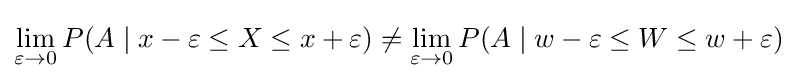
\lim _{\varepsilon \to 0}P(A\mid x-\varepsilon \leq X\leq x+\varepsilon )\neq \lim _{\varepsilon \to 0}P(A\mid w-\varepsilon \leq W\leq w+\varepsilon )